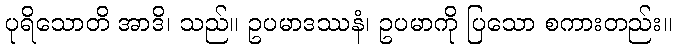
ပုရိသောတိ အာဒိ၊ သည်။ ဥပမာဒဿနံ၊ ဥပမာကို ပြသော စကားတည်း။